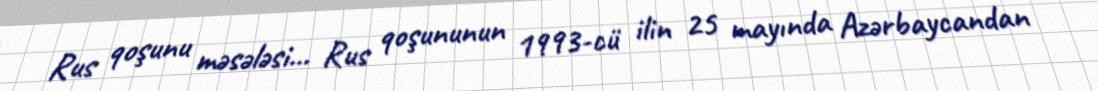
Rus qoşunu məsələsi... Rus qoşununun 1993-cü ilin 25 mayında Azərbaycandan